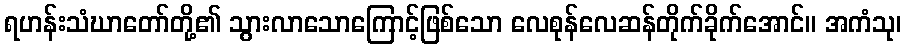
ရဟန်းသံဃာတော်တို့၏ သွားလာသောကြောင့်ဖြစ်သော လေစုန်လေဆန်တိုက်ခိုက်အောင်။ အကံသု၊